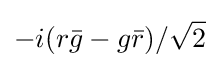
-i(r{\bar {g}}-g{\bar {r}})/{\sqrt {2}}